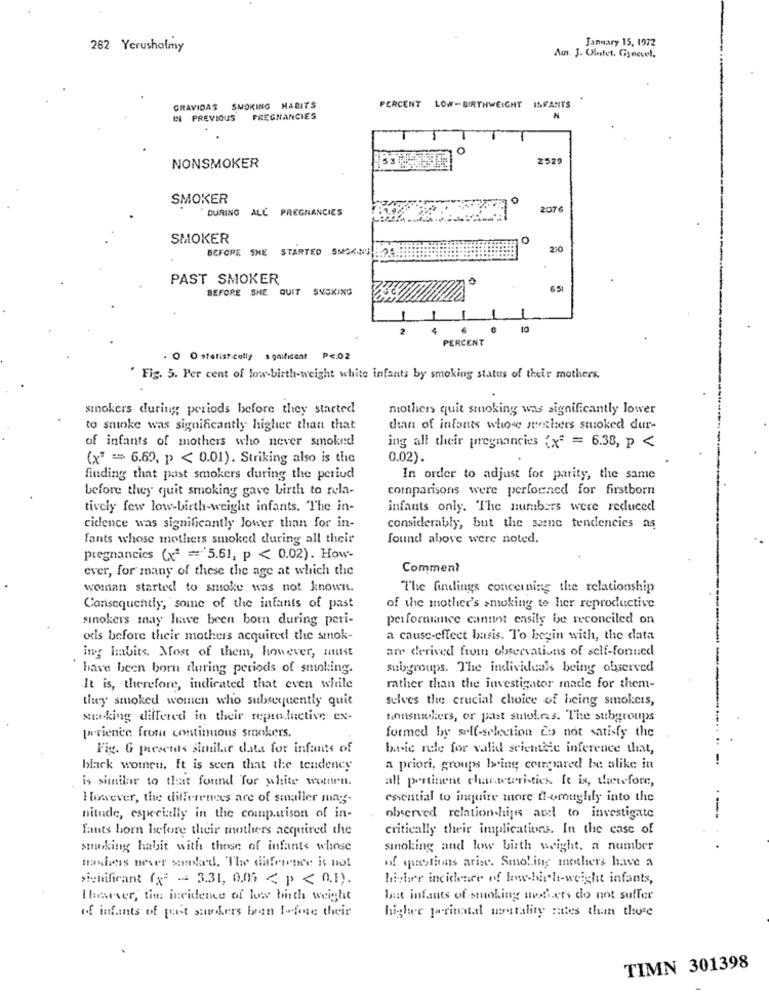
January 15, 1972
282 Yerushalmy
Aun. J. Olastet. Gynevel.
GRAVIDAS SMOKING HABITS
PERCENT LOW-BIRTHWEIGHT INFANTS
IN PREVIOUS
PREGNANCIES
N
O
2529
NONSMOKER
SMOKER
DURING ALL PREGNANCIES
2076
SMOKER
0
BEFORE SHE STARTED SMOKING
210
PAST SMOKER
BEFORE SHE QUIT SMOKING
6 51
PERCENT
O O statistically spaificent P<02
" Fig. 5. Per cent of low birth-weight white infants by smoking status of their mothers.
sinokers during periods before they started
mothers quit smoking was significantly lower
to sawke was significantly higher than that
dean of infants whose withers smoked dur-
of infants of mothers who never smoked
ing all their pregnancies {x= = 6.38, p <
(x= == 6.69, p> < 0.01). Striking also is the
0.02).
finding that post smokers during the period
In order to adjust for parity, the same
before they quit smoking gave birth to rela-
comparisons were perforned for firstborn
tively few low-birth-weight infants. The in-
infants only. The numbers were reduced
cidence was significantly lower than for in-
considerably, but the sarne tendencies as
fants whose mothers smoked during all their
found above were noted.
Pregnancies (x2 = 5.61, p < 0.02). How-
ever, for many of these the age at which the
Comment
woman started to smoke was not known.
The findings concerning the relationship
Consequently, some of the infants of past
of the mother's smoking to her reproductive
sinokers may have been born during peri-
performance cannot easily be reconciled on
ods before their mothers acquired the smok-
a cause-effect basis. To begin with, the data
are derived from observations of self-fonned
ing habits. Most of them, however, must
have been born thuring periods of smoking.
subgroups. The individuals being observed
It is, therefore, indicated that even while
rather than the investigator made for them-
selves the crucial choice of being smokets,
they smoked women who subsequently quit
sucking differed in their reproductive ex-
nonsmokers, or past smoleas. The subgroups
perience from continuous smokers.
formed by self-selection dos not satisfy the
Fig. 6 pesetas similar data for infants of
bric rele for valid seienthic inference that,
black women, It is seen that the tendency
a priori, groups being compared be alike in
is similar to that found for white wornen.
all pertinent characteristics It is, therefore,
However, the differences are of smaller mag-
essential to inquire more fl-oroughly into the
--
nitude, especially in the comparison of in-
observed relationships and to investigate
fants born before their mothers acquired the
critically their implications. In the case of
smoking habit with those of infants whose
sinoking and low birth weight. a number
tamhess never seneked. The difference is not
of questions arise. Smol.ing mothers have a
significant (x" - 3.31, 0.05 < p < 0.1).
higher incidence of loww-high-weight infants,
However, tim incidence of bees birth weight
Ist infants of smoking mothers do not suffer
of infants of past sanders been fofoge their
higher perinatal mortality rates than those
TIMN 301398